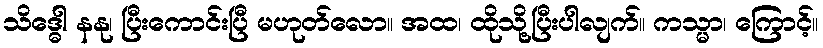
သိဒ္ဓေါ နနု၊ ပြီးကောင်းပြီ မဟုတ်လော။ အထ၊ ထိုသို့ပြီးပါလျက်။ ကသ္မာ၊ ကြောင့်။